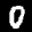
Label: 0